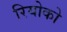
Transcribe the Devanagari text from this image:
रियोको